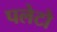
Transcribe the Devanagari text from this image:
पलेटो